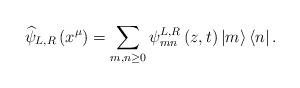
\begin{align*}\widehat{\psi }_{L,R}\left( x^{\mu }\right) =\sum _{m,n\geq 0}\psi ^{L,R}_{mn}\left( z,t\right) \left| m\right\rangle \left\langle n\right| .\end{align*}